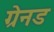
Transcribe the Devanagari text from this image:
ग्रेनड